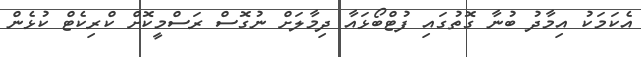
އެކަމަކު އިމާދު ބުނާ ގޮތުގައި ފުޓްބޯޅައާ ދިމާލަށް ނުގޮސް ރަސްމީކޮށް ކްރިކެޓް ކުޅެން